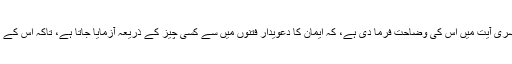
اللہ سبحانہ و تعالی نے پہلی ، دوسری اور تیسری آیت میں اس کی وضاحت فرما دی ہے، کہ ایمان کا دعویدار فتنوں میں سے کسی چیز کے ذریعہ آزمایا جاتا ہے، تاکہ اس کے ایمان اور عدم ایمان کی حقیقت ظاہر ہوجائے۔